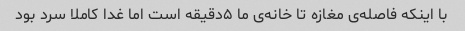
با اینکه فاصله‌ی مغازه تا خانه‌ی ما ۵دقیقه است اما غدا کاملا سرد بود